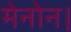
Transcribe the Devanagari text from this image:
मेनोन।